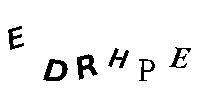
EDRHPE